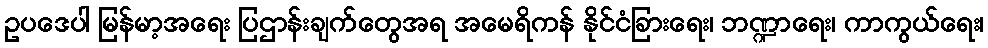
ဥပဒေပါ မြန်မာ့အရေး ပြဌာန်းချက်တွေအရ အမေရိကန် နိုင်ငံခြားရေး၊ ဘဏ္ဍာရေး၊ ကာကွယ်ရေး၊